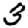
Digit: 3